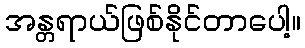
အန္တရာယ်ဖြစ်နိုင်တာပေါ့။